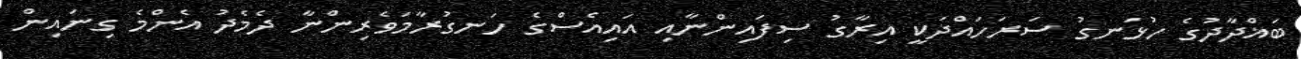
ބަޣްދާދުގެ ހުޅަނގު ސަރަހައްދަކީ އިރާގު ސިފައިންނާއި އައިއެސްގެ ހަނގުރާމަވެރިންނާ ދެމެދު އެންމެ ގިނައިން